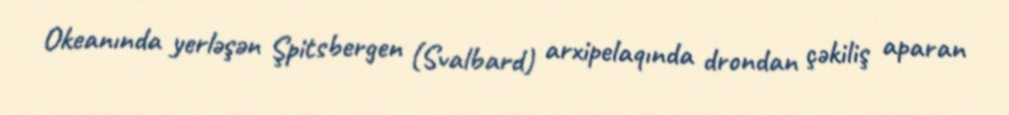
Okeanında yerləşən Şpitsbergen (Svalbard) arxipelaqında drondan çəkiliş aparan